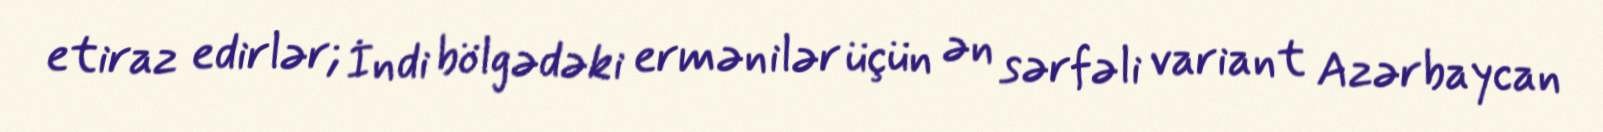
etiraz edirlər; İndi bölgədəki ermənilər üçün ən sərfəli variant Azərbaycan